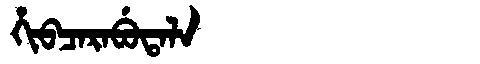
Manchu: ᡥᡳᠪᠴᠠᡵᠠᠪᡠᡨᠠᠯᠠ
Romanization: HIBCARABUTALA